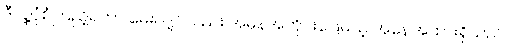
ဒီလူ့ပုံစံကြည့်ရတာ မေးလျှင်လည်း အမှန်အတိုင်းဖြေမယ့် အနေအထားရှိသည်။